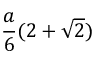
{ \frac { a } { 6 } } ( 2 + { \sqrt { 2 } } )